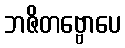
ဘဇိတဗ္ဗောပေ